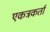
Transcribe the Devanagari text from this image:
एकत्रकर्ता